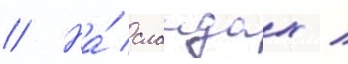
// На́ слаидах /